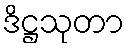
ဒိဋ္ဌသုတာ